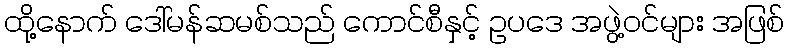
ထို့နောက် ဒေါ်မန်ဆမစ်သည် ကောင်စီနှင့် ဥပဒေ အဖွဲ့ဝင်များ အဖြစ်